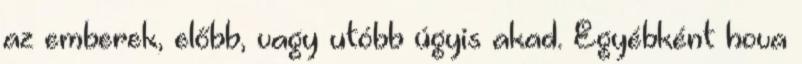
az emberek, előbb, vagy utóbb úgyis akad. Egyébként hova